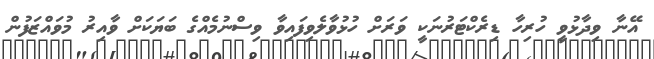
އޭނާ ވިދާޅުވީ ހުރިހާ ޑިރެކްޓަރުނަކީ ވަރަށް ހުޅުވާލެވިފައިވާ ވިސްނުމެއްގެ ބަޔަކަށް ވާއިރު މުވައްޒަފުން